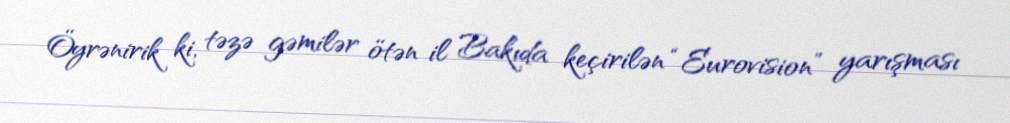
Öyrənirik ki, təzə gəmilər ötən il Bakıda keçirilən “Eurovision” yarışması